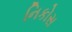
નિકોસ